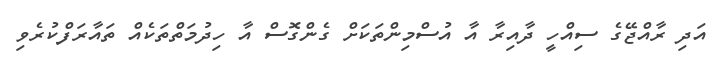
އަދި ރާއްޖޭގެ ސިއްހީ ދާއިރާ އާ އުސްމިންތަކަށް ގެންގޮސް އާ ހިދުމަތްތަކެއް ތައާރަފްކުރެވި